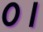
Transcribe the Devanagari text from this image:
०।